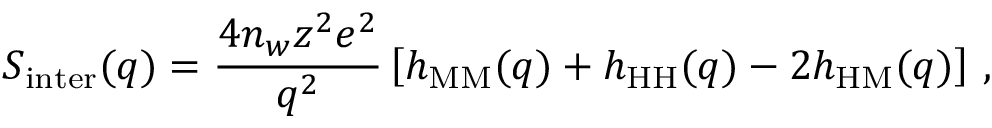
S _ { \mathrm { i n t e r } } ( q ) = \frac { 4 n _ { w } z ^ { 2 } e ^ { 2 } } { q ^ { 2 } } \left[ h _ { \mathrm { M M } } ( q ) + h _ { \mathrm { H H } } ( q ) - 2 h _ { \mathrm { H M } } ( q ) \right] \, ,